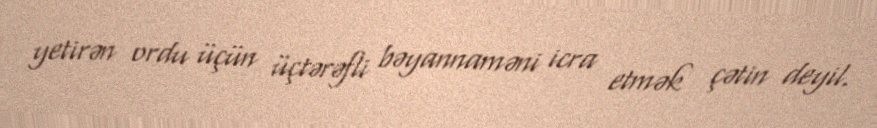
yetirən ordu üçün üçtərəfli bəyannaməni icra etmək çətin deyil.